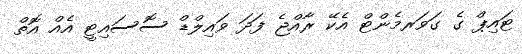
ޓައިޕް ގެ ގަވަރމެންޓް އެކޭ ރާއްޖެ ފަދަ ވައިލްޑް ސޮސައިޓީ އެއް އޮތް